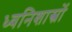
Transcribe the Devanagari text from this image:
ध्वनिशास्त्रों